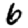
Digit: 6